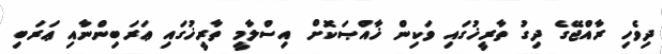
ދިވެހި ރާއްޖޭގެ ދިގު ތާރީޚުގައި ވަކިން ޚާއްޞަކޮށް އިސްލާމީ ތާރީޚުގައި ޢަރަބިންނާއި ޢަރަބި